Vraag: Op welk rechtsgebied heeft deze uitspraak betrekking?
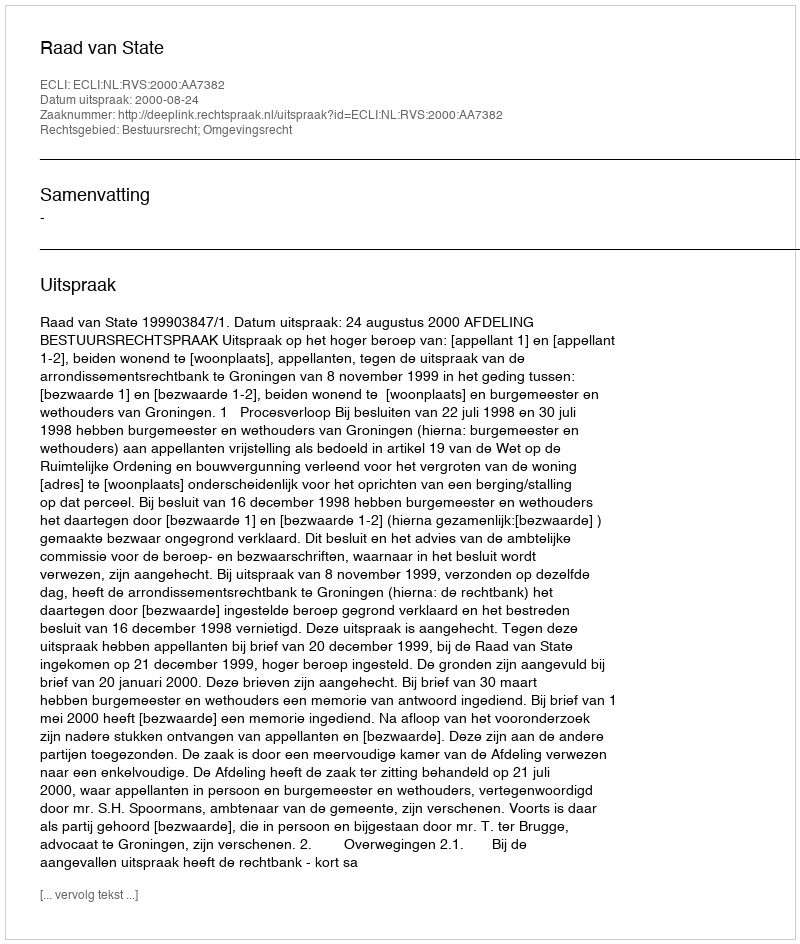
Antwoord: Bestuursrecht; Omgevingsrecht